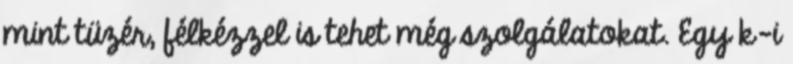
mint tüzér, félkézzel is tehet még szolgálatokat. Egy k-i